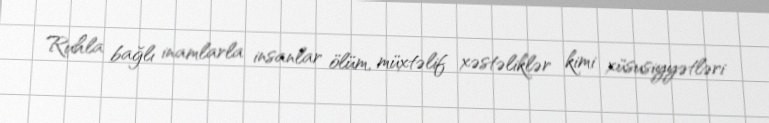
Ruhla bağlı inamlarla insanlar ölüm, müxtəlif xəstəliklər kimi xüsusiyyətləri